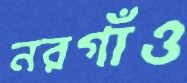
নরগাঁও